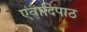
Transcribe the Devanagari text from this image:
एवादिपाठ